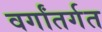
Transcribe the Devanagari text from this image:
वर्गांतर्गत